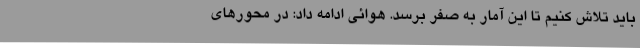
باید تلاش کنیم تا این آمار به صفر برسد. هوائی ادامه داد: در محورهای